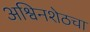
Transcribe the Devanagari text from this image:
अश्विनशेठचा